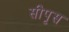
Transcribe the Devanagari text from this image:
सीपृस